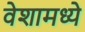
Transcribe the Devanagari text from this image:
वेशामध्ये